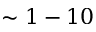
\sim 1 - 1 0